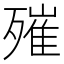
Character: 𣩑